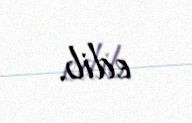
edib.